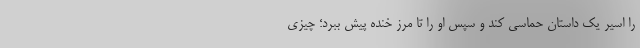
را اسیر یک داستان حماسی کند و سپس او را تا مرز خنده پیش ببرد؛ چیزی